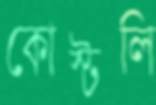
কোস্টলি